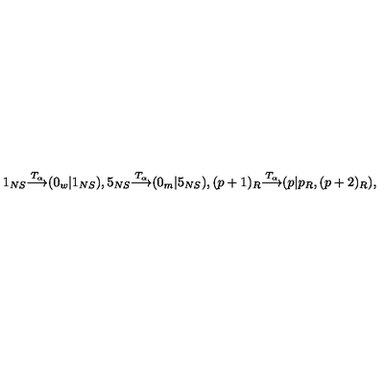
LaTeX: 1 _ { N S } { \frac { \buildrel T _ { \alpha } } { \longrightarrow } } ( 0 _ { w } | 1 _ { N S } ) , 5 _ { N S } { \frac { \buildrel T _ { \alpha } } { \longrightarrow } } ( 0 _ { m } | 5 _ { N S } ) , ( p + 1 ) _ { R } { \frac { \buildrel T _ { \alpha } } { \longrightarrow } } ( p | p _ { R } , ( p + 2 ) _ { R } ) ,